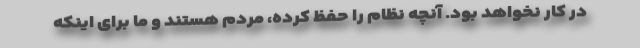
در کار نخواهد بود. آنچه نظام را حفظ کرده، مردم هستند و ما برای اینکه